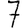
Digit: 7